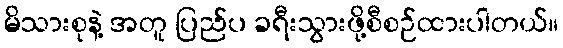
မိသားစုနဲ့ အတူ ပြည်ပ ခရီးသွားဖို့စီစဉ်ထားပါတယ်။